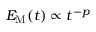
{ \cal E } _ { \mathrm { M } } ( t ) \propto t ^ { - p }